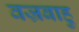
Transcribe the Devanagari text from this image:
वज्रबाहु